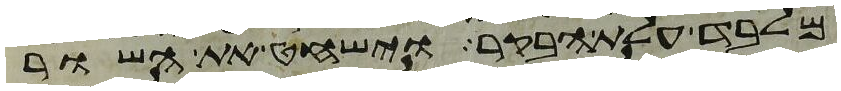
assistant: מלבד עלת הבקר וישחט את השור